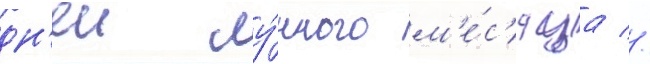
дн'еи лу́нного м'е́с'яца //